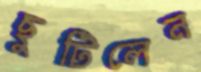
ছুটিলেন